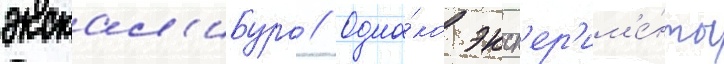
экскал'ибура // Одна́ко эксп'ер'им'е́нты